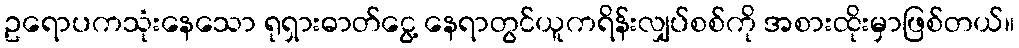
ဥရောပကသုံးနေသော ရုရှားဓာတ်ငွေ့ နေရာတွင်ယူကရိန်းလျှပ်စစ်ကို အစားထိုးမှာဖြစ်တယ်။